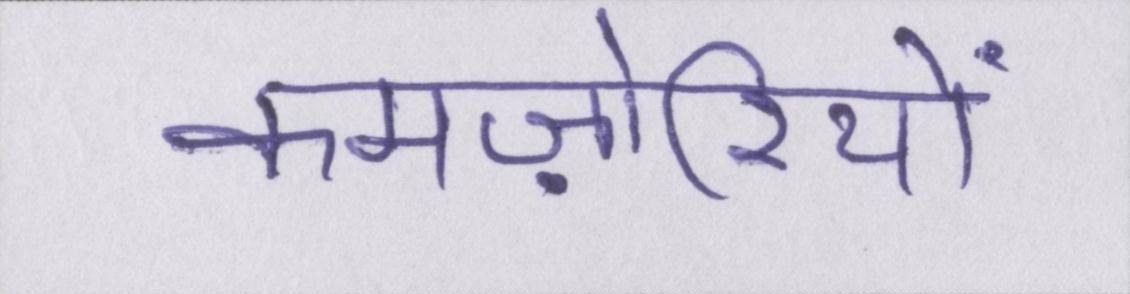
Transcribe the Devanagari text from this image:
कमज़ोरियों